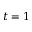
t = 1